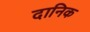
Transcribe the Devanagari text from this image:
दानिक